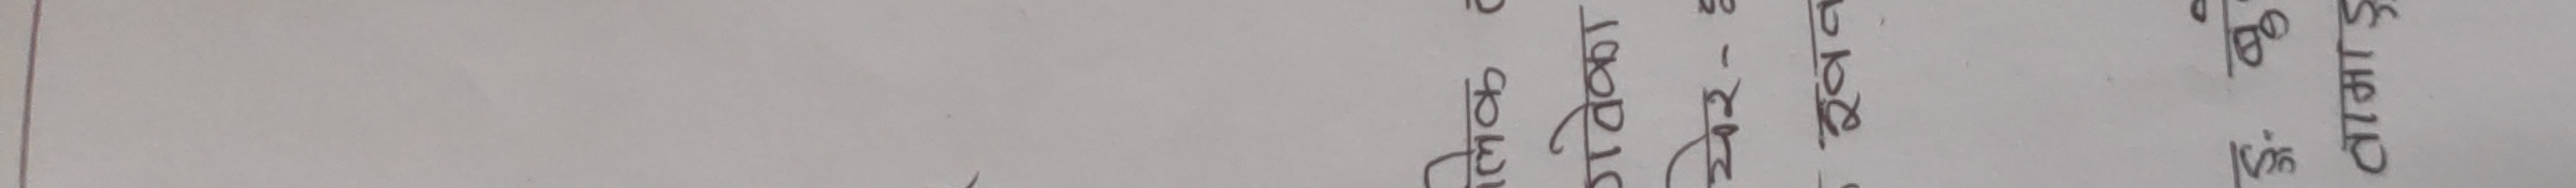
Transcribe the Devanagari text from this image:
कक्षा – ८
पाठ – २
ग्राम – २